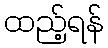
ထည့်ရန်